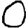
Digit: 0